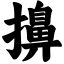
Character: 擤